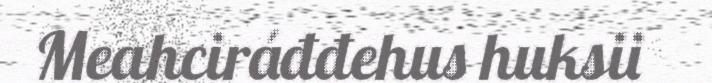
Meahciráđđehus huksii